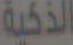
الذكية